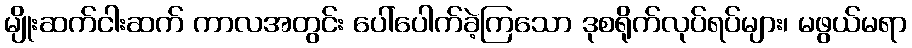
မျိုးဆက်ငါးဆက် ကာလအတွင်း ပေါ်ပေါက်ခဲ့ကြသော ဒုစရိုက်လုပ်ရပ်များ၊ မဖွယ်မရာ